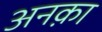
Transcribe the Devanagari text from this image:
अनक़ा